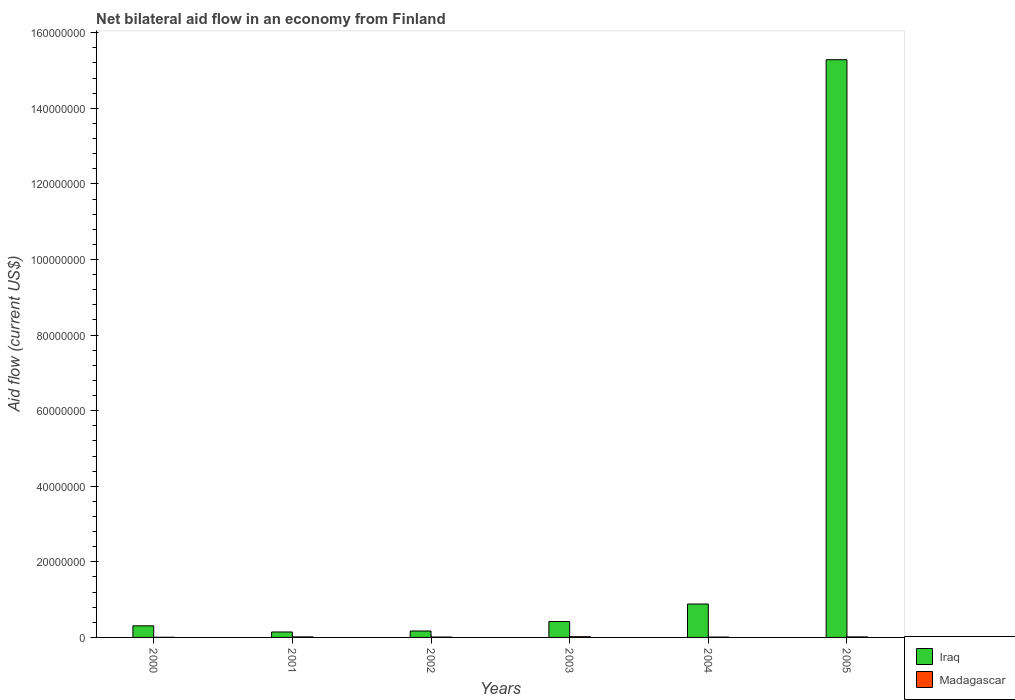
| Years | Iraq | Madagascar |
 | --- | --- | --- |
 | 2000 | 3.07e+06 | 4e+04 |
 | 2001 | 1.44e+06 | 1.4e+05 |
 | 2002 | 1.7e+06 | 1e+05 |
 | 2003 | 4.21e+06 | 1.9e+05 |
 | 2004 | 8.84e+06 | 9e+04 |
 | 2005 | 1.53e+08 | 1.4e+05 |